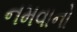
નમવાનો